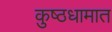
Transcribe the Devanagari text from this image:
कुष्ठधामात